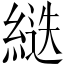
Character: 𦂾